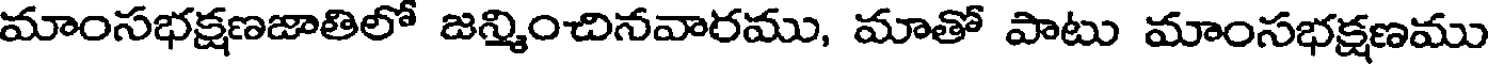
మాంసభక్షణజాతిలో జన్మించినవారము, మాతో పాటు మాంసభక్షణము